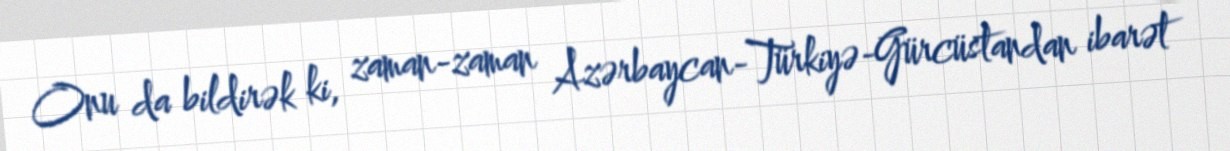
Onu da bildirək ki, zaman-zaman Azərbaycan-Türkiyə-Gürcüstandan ibarət